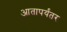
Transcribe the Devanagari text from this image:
आतापर्यंतर